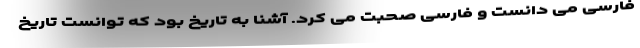
فارسی می دانست و فارسی صحبت می کرد. آشنا به تاریخ بود که توانست تاریخ